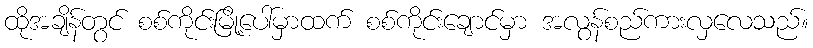
ထိုအချိန်တွင် စစ်ကိုင်းမြို့ပေါ်မှာထက် စစ်ကိုင်းချောင်မှာ အလွန်စည်ကားလှလေသည်။